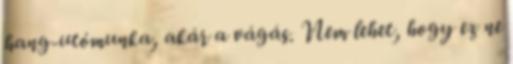
hang-utómunka, akár a vágás. Nem lehet, hogy ez ne